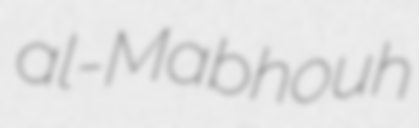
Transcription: al-Mabhouh